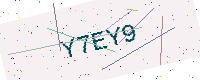
Text: Y7EY9